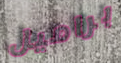
براميل